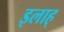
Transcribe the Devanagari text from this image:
इलाह्